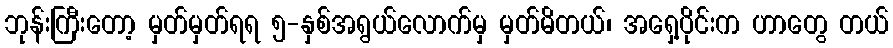
ဘုန်းကြီးတော့ မှတ်မှတ်ရရ ၅-နှစ်အရွယ်လောက်မှ မှတ်မိတယ်၊ အရှေ့ပိုင်းက ဟာတွေ တယ်